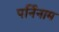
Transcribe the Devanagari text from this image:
पर्निनाम